Report on lock hospitals in British Burma
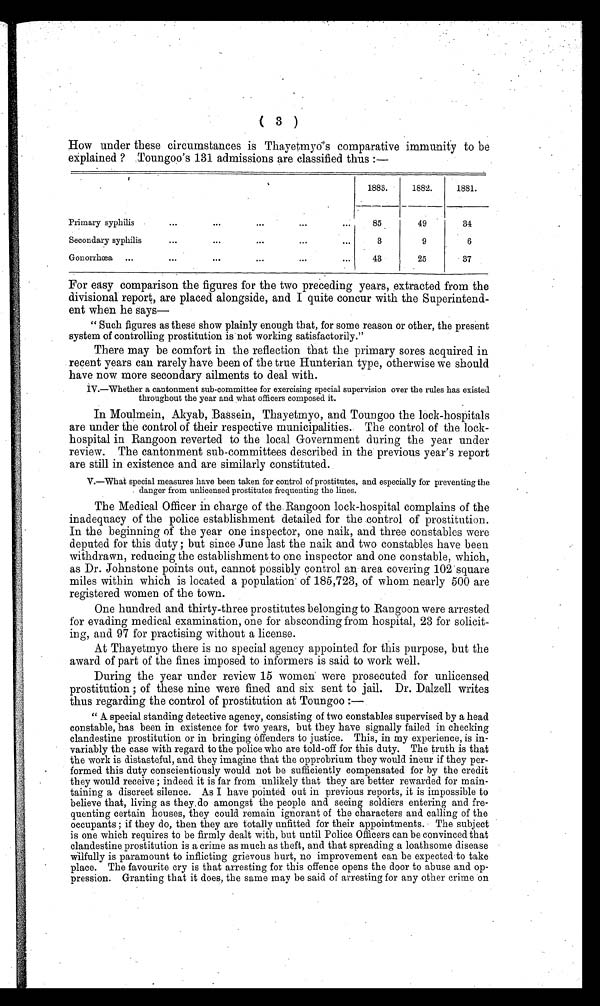
How under these circumstances is Thayetmyo's comparative immunity to be
explained ? Toungoo's 131 admissions are classified thus :—
1883.
1882.
1881.
Primary syphilis
...
...
...
...
...
85
49
34
Secondary syphili
...
. . .
...
...
3
9
6
Gonorrhœa
...
...
. . .
. . .
...
...
43
25
37
For easy comparison the figures for the two preceding years, extracted from the
divisional report, are placed alongside, and I quite concur with the Superintend-
ent when he says
—
" Such figures as these show plainly enough that, for some reason or other, the present
system of controlling prostitution is not working satisfactorily."
There may be comfort in the reflection that the primary sores acquired in
. recent years can rarely have been of the true Hunterian type, otherwise we should
have now. more secondary ailments to deal with.
IV.—Whether a cantonment sub-committee for exercising special supervision over the rules has existed
throughout the year and what officers composed it.
In Moulmein, Akyab, Bassein, Thayetmyo, and Toungoo the lock-hospitals
are under the control of their respective municipalities. The control of the lock-
hospital in Rangoon reverted to the local Government during the year under
review. The cantonment sub-committees described in the previous year's report
are still in existence and are similarly constituted.
V.—What special measures have been taken for control of prostitutes, and especially for preventing the
. danger from unlicensed prostitutes frequenting the lines.
The Medical Officer in charge of the Rangoon lock-hospital complains of the
inadequacy of the police establishment detailed for the control of prostitution.
In the beginning of the year one inspector, one naik, and three constables were
deputed for this duty ; but since June last the naik and two constables have been
withdrawn, reducing the establishment to one inspector and one constable, which,
as Dr. Johnstone points out, cannot possibly control an area covering 102 square
miles within which is located a population of 185,723, of whom nearly 500 are
registered women of the town.
One hundred and thirty-three prostitutes belonging to Rangoon were arrested
for evading medical examination, one for absconding from hospital, 23 for solicit-
ing, and 97 for practising without a license.
At Thayetmyo there is no special agency appointed for this purpose, but the
award of part of the fines imposed to informers is said to work well.
During the year under review 15 women were prosecuted for unlicensed
prostitution ; of these nine were fined and six sent to jail. Dr. Dalzell writes
thus regarding the control of prostitution at Toungoo :—
" A. special standing detective agency, consisting of two constables supervised by a head
constable, has been in existence for two years, but they have signally failed in checking
clandestine prostitution or in bringing offenders to justice. This, in my experience, is in-
variably the case with regard to the police who are told-off for this duty. The truth is that
the work is distasteful, and they imagine that the opprobrium they would incur if they per-
formed this duty conscientiously would not be sufficiently compensated for by the credit
they would receive ; indeed it is far from unlikely that they are better rewarded for main-
taining a discreet silence. As I have pointed out in previous reports, it is impossible to
believe that, living as they. do amongst the people and seeing soldiers entering and fre-
quenting certain houses, they could remain ignorant of the characters and calling of the
occupants ; if they do, then they are totally unfitted for their appointments. The subject
is one which requires to be firmly dealt with, but until Police Officers can be convinced that
clandestine. prostitution is a crime as much as theft, and that spreading a loathsome disease
wilfully is paramount to inflicting grievous hurt, no improvement can be expected.to take
place. The favourite cry is that arresting for this offence opens the door to abuse and op-
pression. Granting that it does, the same may be said of arresting for any other crime on